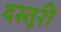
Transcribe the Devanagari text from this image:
दस्तूरी